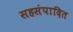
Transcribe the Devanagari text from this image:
सहसंपादित